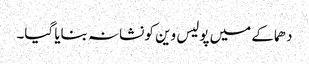
دھماکے میں پولیس وین کو نشانہ بنایا گیا۔